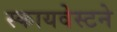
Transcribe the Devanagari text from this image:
स्कायवेस्टने